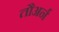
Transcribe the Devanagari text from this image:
तौअर्न